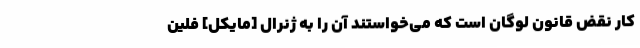
کار نقض قانون لوگان است که می‌خواستند آن را به ژنرال [مایکل] فلین